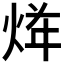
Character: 𱫏